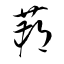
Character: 蒴